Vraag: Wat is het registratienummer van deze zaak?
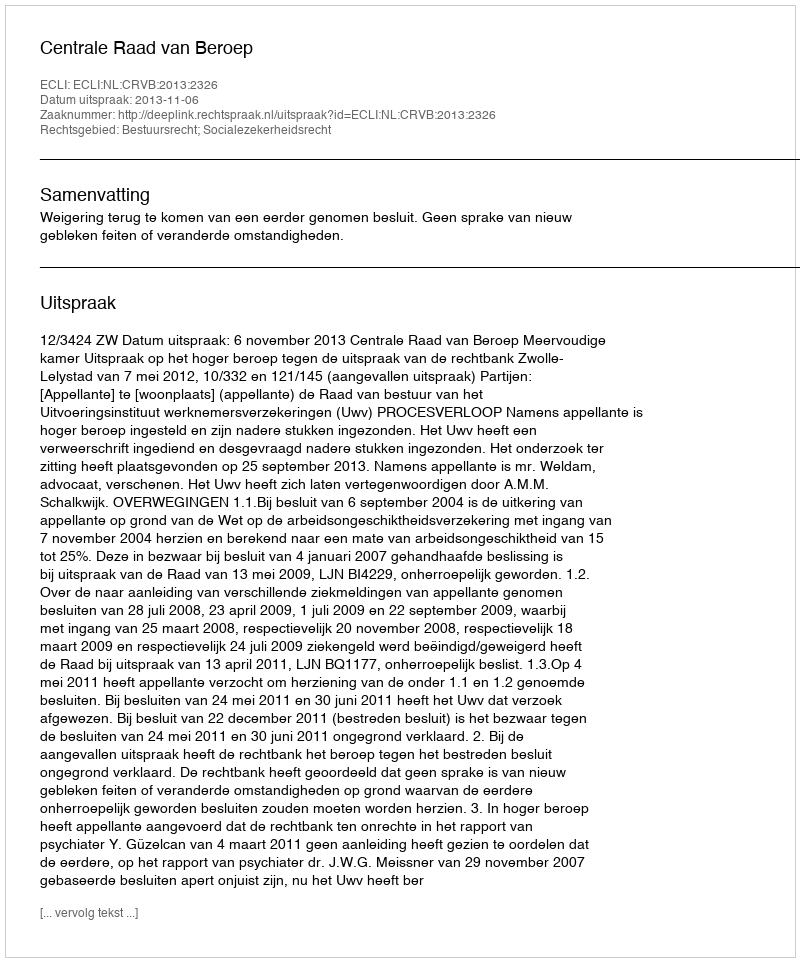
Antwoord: http://deeplink.rechtspraak.nl/uitspraak?id=ECLI:NL:CRVB:2013:2326